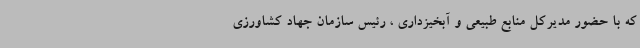
که با حضور مدیرکل منابع طبیعی و آبخیزداری ، رئیس سازمان جهاد کشاورزی